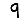
Digit: 9